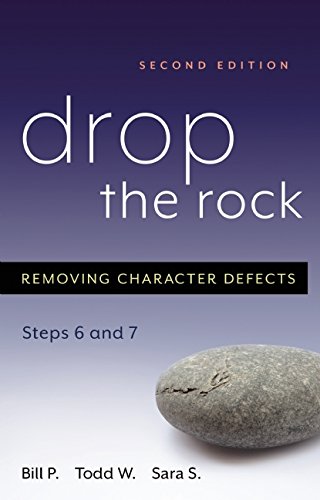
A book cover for Drop the Rock: Removing Character Defects - Steps Six and Seven; Bill P.; Health, Fitness & Dieting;